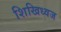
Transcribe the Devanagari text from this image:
शिखिध्वज